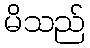
မိသည်